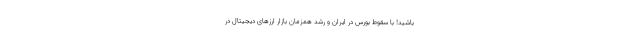
باشید! با سقوط بورس در ایران و رشد همزمان بازار ارزهای دیجیتال در